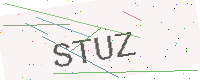
Text: STUZ